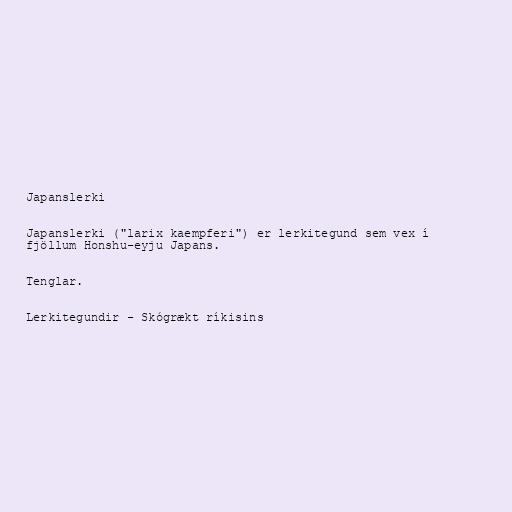
Japanslerki

Japanslerki ("larix kaempferi") er lerkitegund sem vex í
fjöllum Honshu-eyju Japans.

Tenglar.

Lerkitegundir - Skógrækt ríkisins